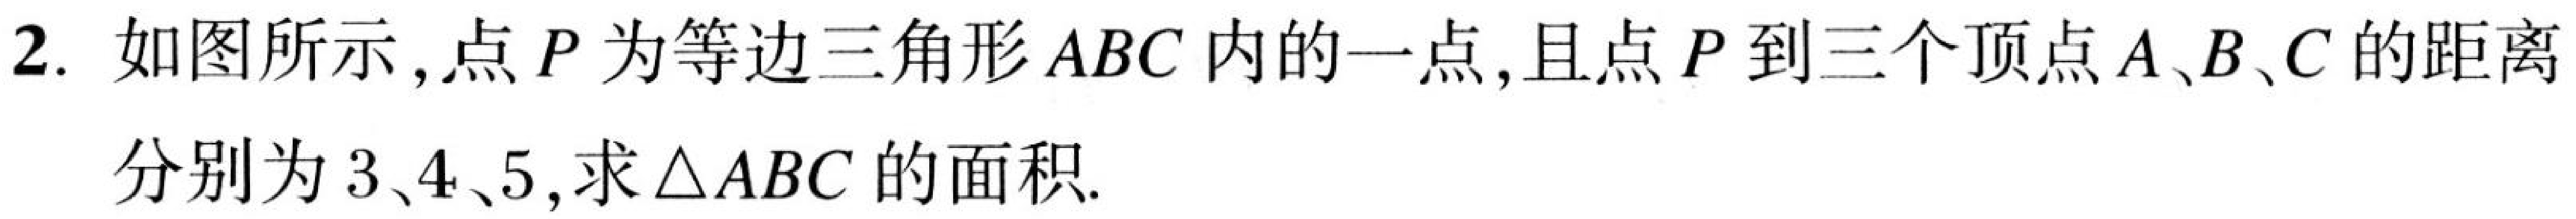
2. 如图所示，点\(P\)为等边三角形\(ABC\)内的一点，且点\(P\)到三个顶点\(A、B、C\)的距离
分别为\(3、4、5\)，求\(\triangle ABC\)的面积.